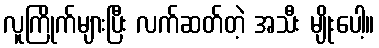
လူကြိုက်များပြီး လက်ဆတ်တဲ့ အသီး မျိုးပေါ့။